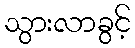
သွားလာခွင့်